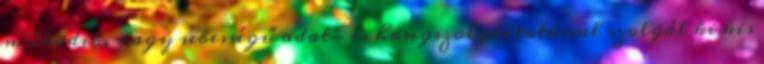
működik, nagy sebességű adat- és hangszolgáltatással szolgál ki kis